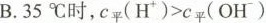
B.35℃时，$$c _ { 平 } ( H ^ { + } ) > c _ { 平 } ( O H ^ { - } )$$